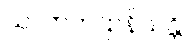
သလာကဌာနိယန္တိ